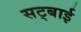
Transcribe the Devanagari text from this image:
सट्बाई